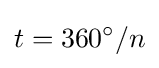
t=360^{\circ }/n